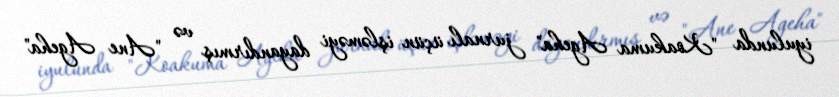
iyulunda "Koakuma Ageha" jurnalı üçün işləməyi dayandırmış və "Ane Ageha"